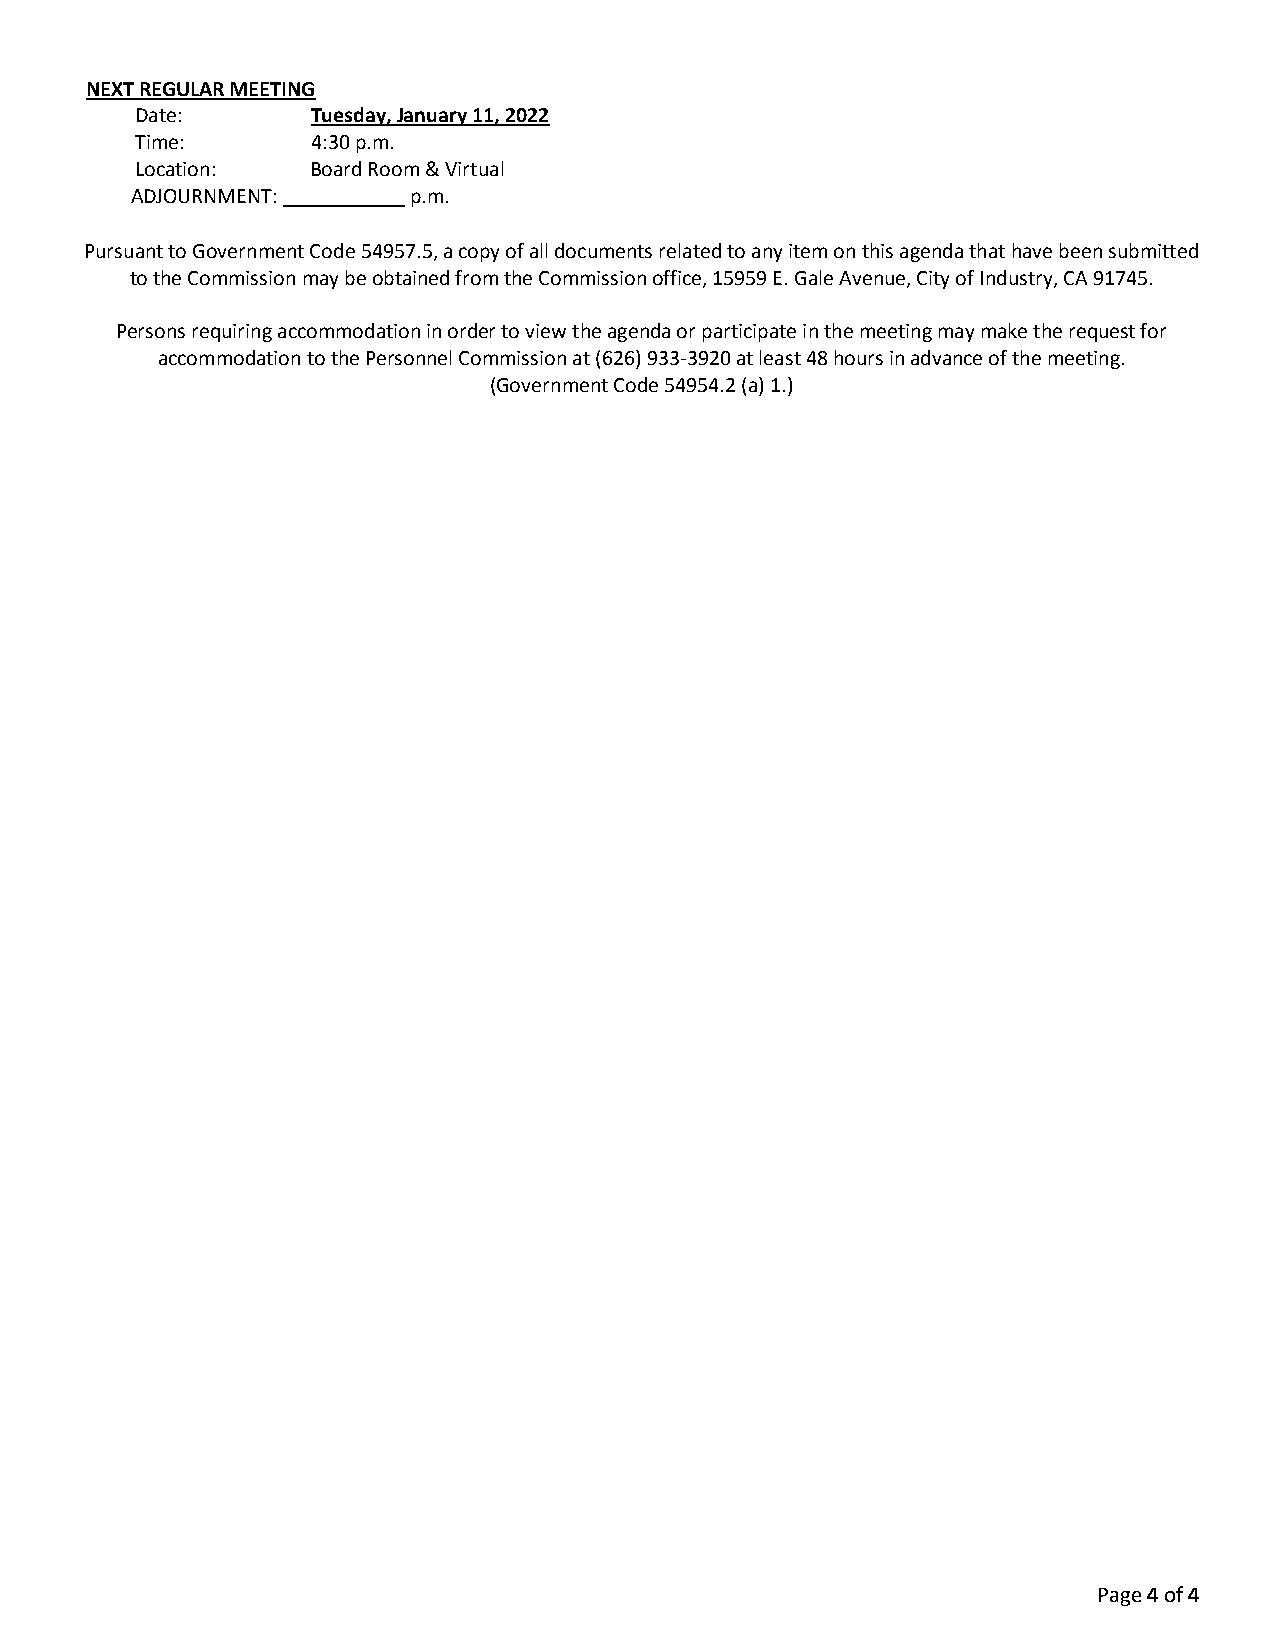
NEXT REGULAR MEETING
 Date:       Tuesday, January 11, 2022
 Time:       4:30 p.m.
 Location:   Board Room & Virtual
 ADJOURNMENT:      p.m.
 Pursuant to Government Code 54957.5, a copy of all documents related to any item on this agenda that have been submitted
 to the Commission may be obtained from the Commission office, 15959 E. Gale Avenue, City of Industry, CA 91745.
 Persons requiring accommodation in order to view the agenda or participate in the meeting may make the request for
 accommodation to the Personnel Commission at (626) 933-3920 at least 48 hours in advance of the meeting.
 (Government Code 54954.2 (a) 1.)
 Page 4 of 4